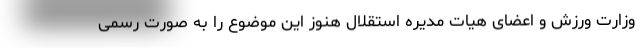
وزارت ورزش و اعضای هیات مدیره استقلال هنوز این موضوع را به صورت رسمی